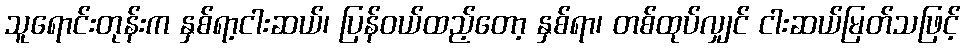
သူရောင်းတုန်းက နှစ်ရာ့ငါးဆယ်၊ ပြန်ဝယ်ထည့်တော့ နှစ်ရာ၊ တစ်ထုပ်လျှင် ငါးဆယ်မြတ်သဖြင့်